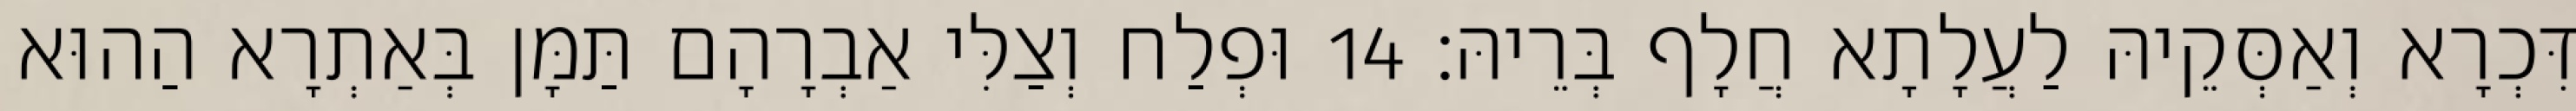
דִּכְרָא וְאַסְּקֵיהּ לַעֲלָתָא חֲלָף בְּרֵיהּ׃ 14 וּפְלַח וְצַלִּי אַבְרָהָם תַּמָּן בְּאַתְרָא הַהוּא